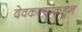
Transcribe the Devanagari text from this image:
देवकन्यांकडून